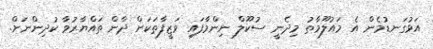
އަޅުގަނޑުމެން އެ މައުލޫމާތު މިދެނީ ސުކޫލް ނިންމާފައި ވަޒީފާތަކަށް ދާން ތައްޔާރުވާ ކުދިންނަށް.